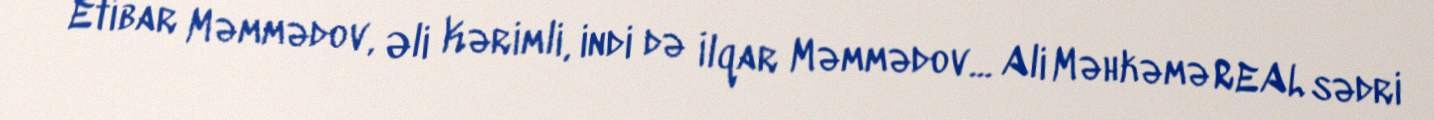
Etibar Məmmədov, Əli Kərimli, indi də İlqar Məmmədov... Ali Məhkəmə REAL sədri